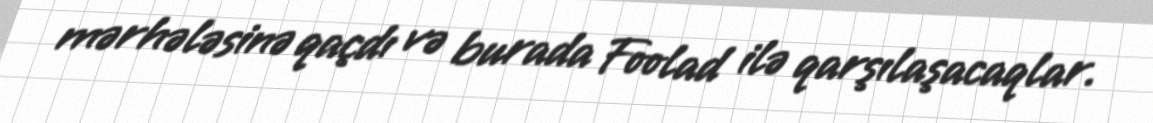
mərhələsinə qaçdı və burada Foolad ilə qarşılaşacaqlar.